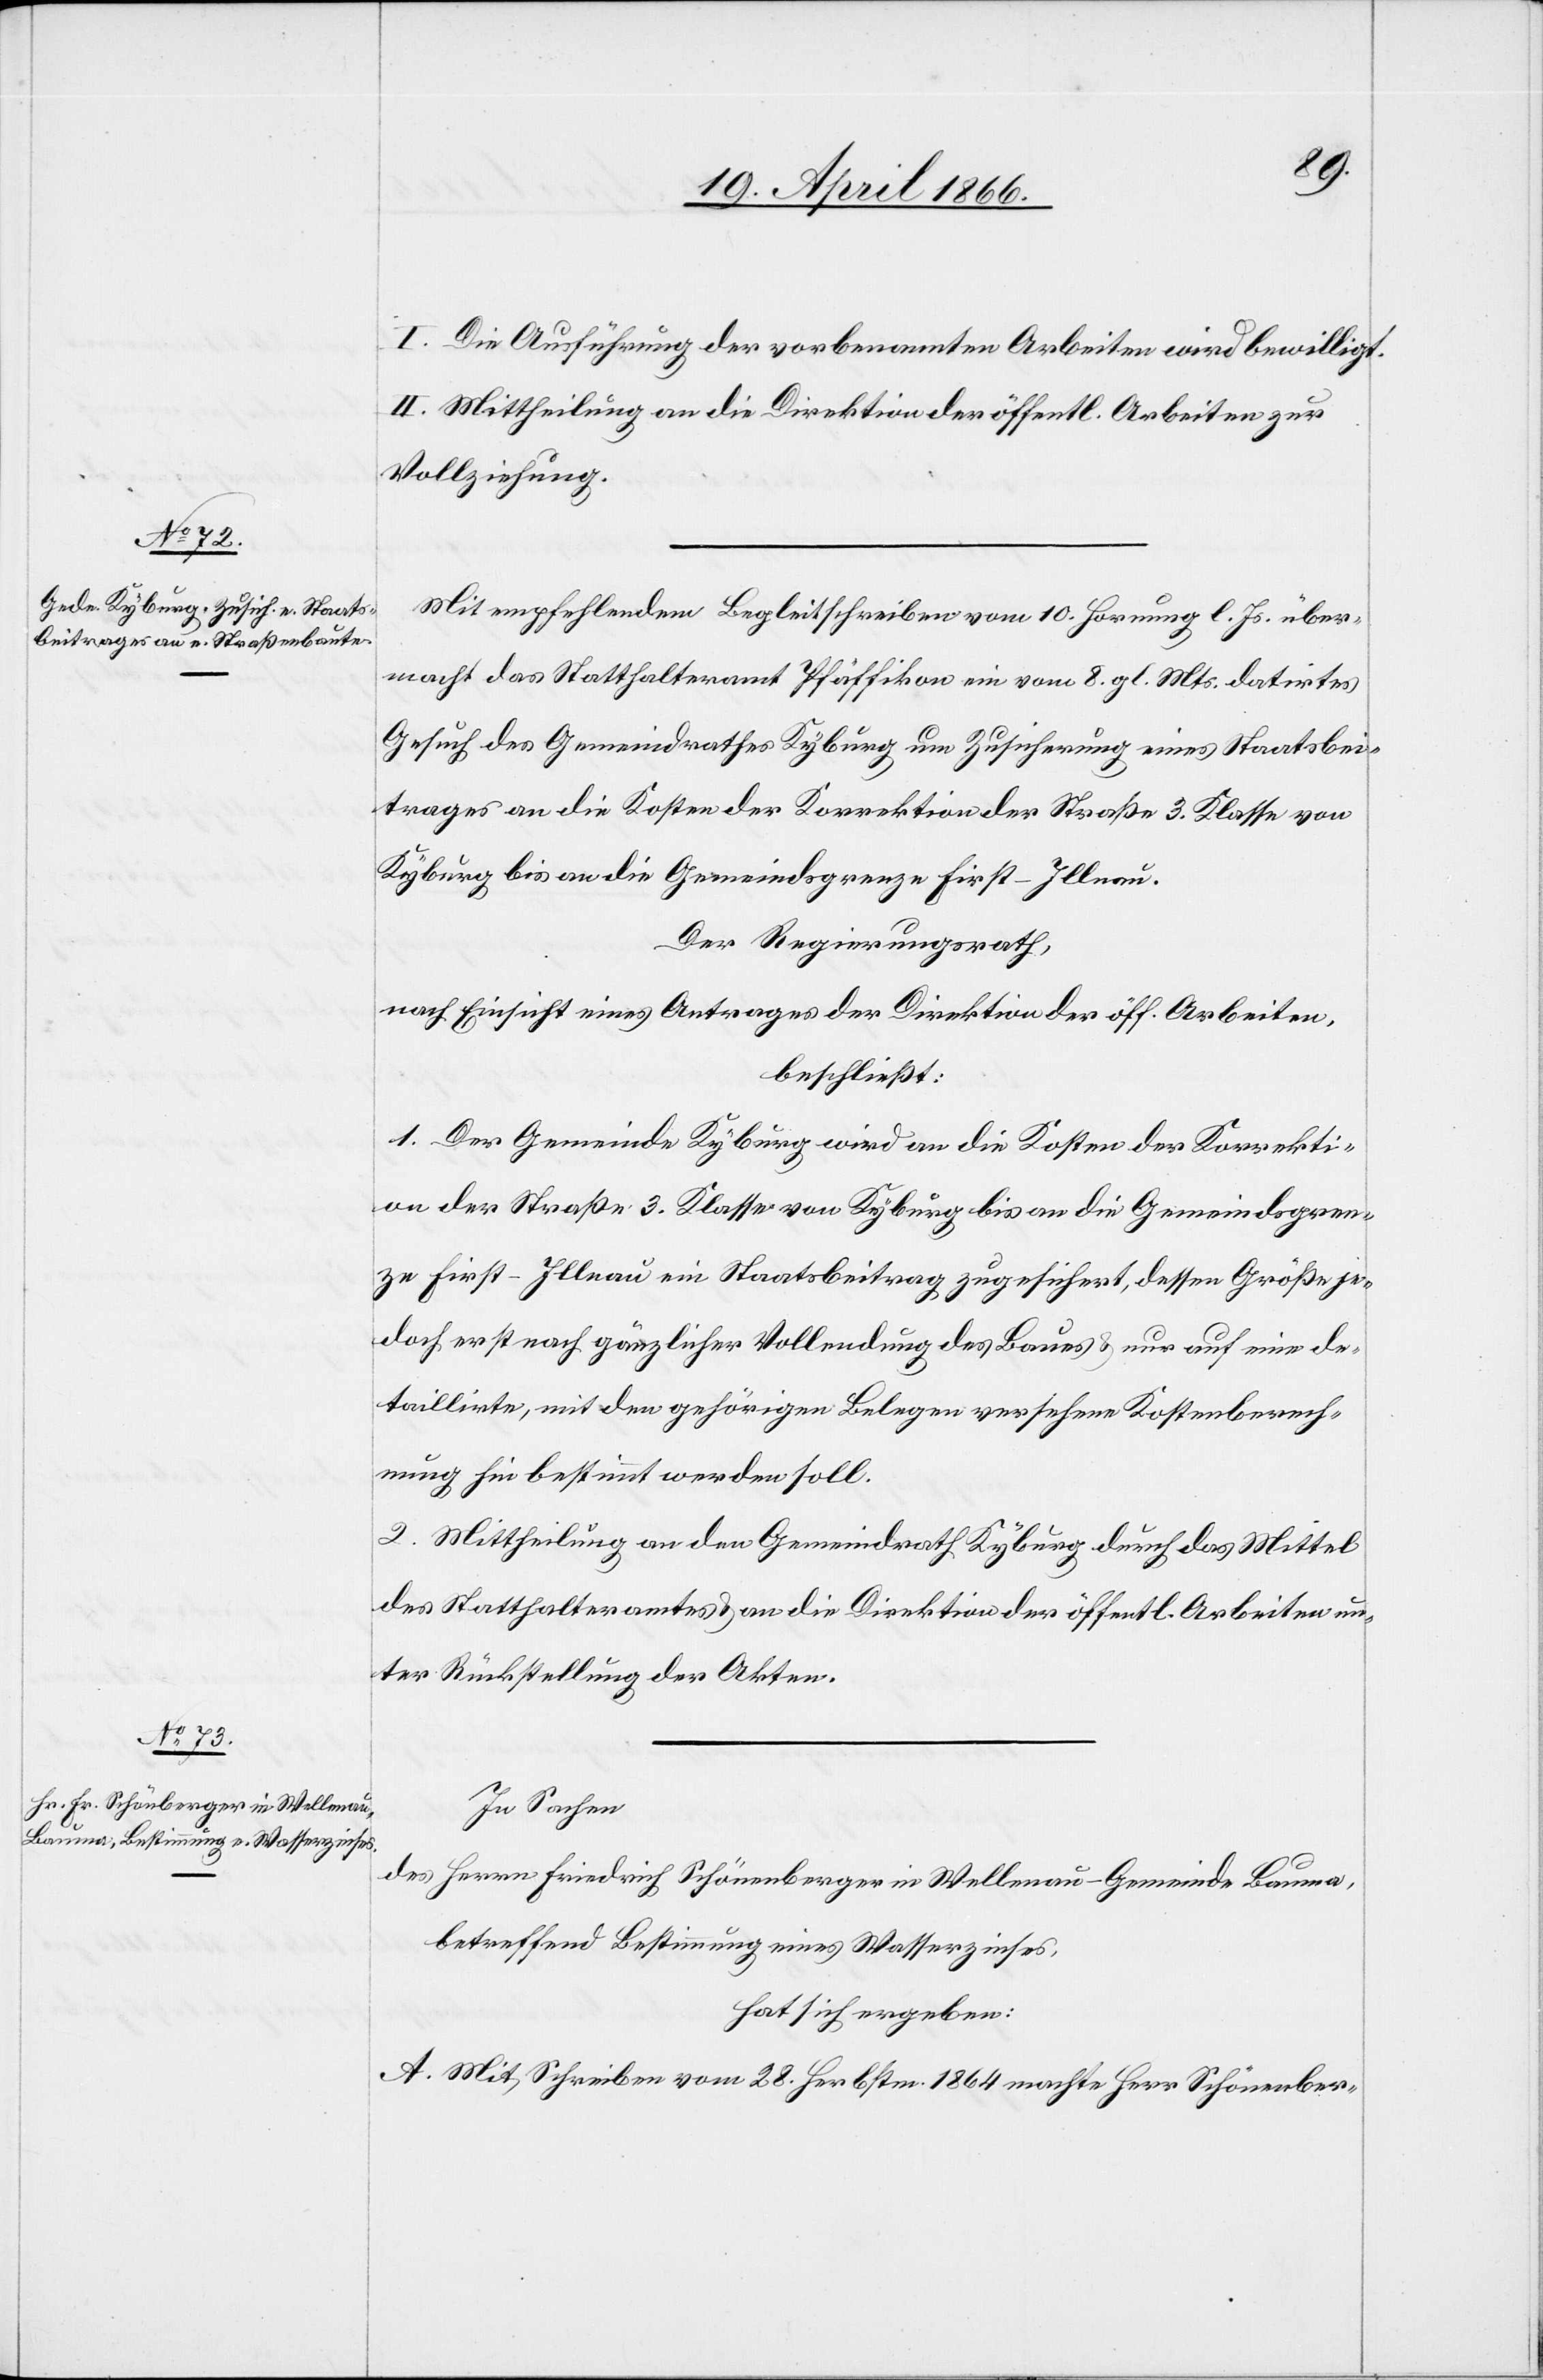
I. Die Ausführung der vorbenannten Arbeiten wird bewilligt.
II. Mittheilung an die Direktion der öffentl. Arbeiten zur
Vollziehung.
Mit empfehlendem Begleitschreiben vom 10. Hornung l. Js. über¬
macht das Statthalteramt Pfäffikon ein vom 8. gl. Mts datirtes
Gesuch des Gemeindrathes Kyburg um Zusicherung eines Staatsbei¬
trages an die Kosten der Korrektion der Straße 3. Klasse von
Kyburg bis an die Gemeindsgrenze First-Illnau.
Der Regierungsrath,
nach Einsicht eines Antrages der Direktion der öff. Arbeiten,
beschließt:
1. Der Gemeinde Kyburg wird an die Kosten der Korrekti¬
on der Straße 3. Klasse von Kyburg bis an die Gemeindsgrenze
zu First-Illnau ein Staatsbeitrag zugesichert, dessen Größe je¬
doch erst nach gänzlicher Vollendung des Baues u. nur auf eine de¬
taillirte, mit den gehörigen Belegen versehene Kostenberech¬
nung hin bestimmt werden soll.
2. Mittheilung an den Gemeindrath Kyburg durch das Mittel
des Statthalteramtes u. an die Direktion der öffentl. Arbeiten un¬
ter Rückstellung der Akten.
In Sachen
des Herrn Friedrich Schönenberger in Wellenau – Gemeinde Bauma,
betreffend Bestimmung eines Wasserzinses,
hat sich ergeben:
A. Mit Schreiben vom 28. Hornung 1864 machte Herr Schönenber-